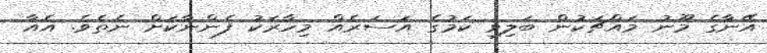
އޭނާގެ މޫނު މައްޗަކުން ބަލިވި ކަމުގެ އަސަރެއް މިހާރަކު ފެންނާކަށް ނެތެވެ. އެއާ